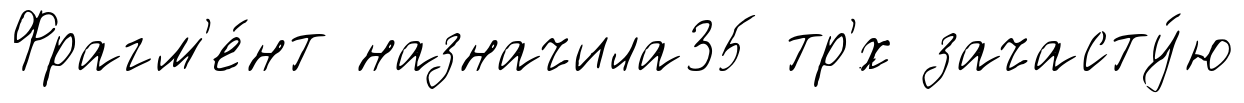
Фрагм'е́нт назначила35 тр'́х зачасту́ю